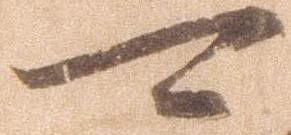
可